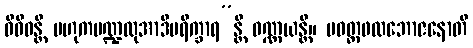
ဝိဝိဓန္တိ ဗဟုကမဏ္ဍလုအာဒိပရိက္ခာရ”န္တိ ဝဏ္ဏယန္တိ။ ပဝတ္တဖလဘောဇနောတိ